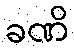
ခဏိ